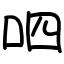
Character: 呬